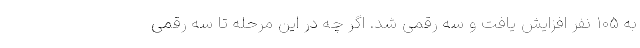
به ۱۰۵ نفر افزایش یافت و سه رقمی شد. اگر چه در این مرحله تا سه رقمی